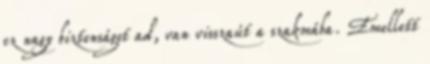
ez nagy biztonságot ad, van visszaút a szakmába. Emellett